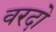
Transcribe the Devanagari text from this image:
वरदो